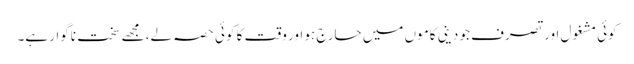
کوئی مشغول اور تصرف جو دینی کاموں میں حارج ہو اور وقت کا کوئی حصہ لے، مجھے سخت ناگوار ہے۔